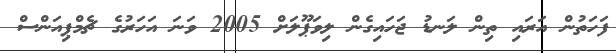
ފަހަތުން އަރައި ތިން ލަނޑު ޖަހައިގެން ލިވަޕޫލަށް 2005 ވަނަ އަހަރުގެ ޗެމްޕިއަންސް